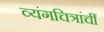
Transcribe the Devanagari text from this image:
व्यंगचित्रांचीं